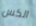
الكس